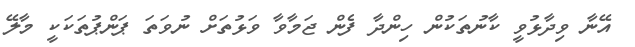
އޭނާ ވިދާޅުވީ ކާނުތަކުން ހިންދާ ފެން ޖަމާވާ ވަޅުތަށް ނުވަތަ ޕަންޕުތަކަކީ މާލޭ